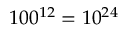
1 0 0 ^ { 1 2 } = 1 0 ^ { 2 4 }